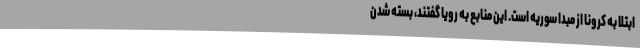
ابتلا به کرونا از مبدا سوریه است. این منابع به رویا گفتند، بسته شدن